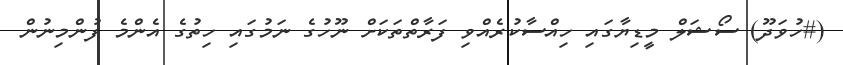
(#ހުވަދޫ) ސޯޝަލް މީޑިޔާގައި ހިއްސާކުރެއްވި ފަރާތްތަކަށް ނޫހުގެ ނަމުގައި ހިތުގެ އެންމެ ފުންމިނުން